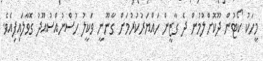
މީހަކު ކޯޓުން ދޫކޮށްލުމުން ދެ ގާޒީން ހައްޔަރުކުރުމަށް ގާނޫނީ ވަކީލު ހުސްނުއްސުއޫދު ގޮވާލައިފިއެވެ.